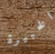
الخبيرة